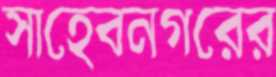
সাহেবনগরের